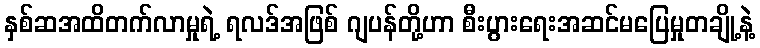
နှစ်ဆအထိတက်လာမှုရဲ့ ရလဒ်အဖြစ် ဂျပန်တို့ဟာ စီးပွားရေးအဆင်မပြေမှုတချို့နဲ့